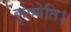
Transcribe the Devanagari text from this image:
कृष्णेति।